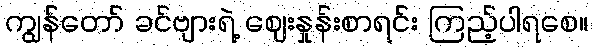
ကျွန်တော် ခင်ဗျားရဲ့ ဈေးနှုန်းစာရင်း ကြည့်ပါရစေ။